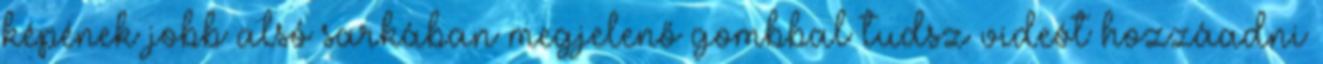
képének jobb alsó sarkában megjelenő gombbal tudsz videót hozzáadni